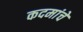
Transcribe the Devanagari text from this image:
कदमांचे